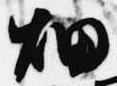
畑